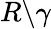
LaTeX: R\backslash\gamma